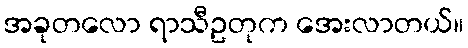
အခုတလော ရာသီဥတုက အေးလာတယ်။